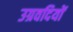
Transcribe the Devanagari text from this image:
उग्रवदियों